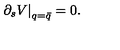
\left. \partial _ { s } V \right| _ { q = \bar { q } } = 0 .